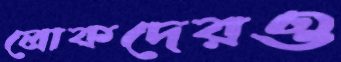
লোকদেরও